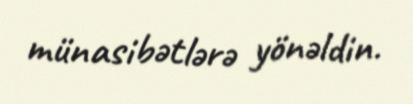
münasibətlərə yönəldin.